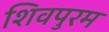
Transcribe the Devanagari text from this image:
शिवपुरम